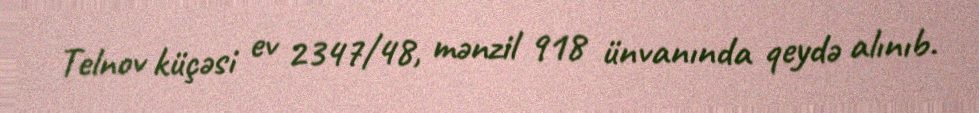
Telnov küçəsi ev 2347/48, mənzil 918 ünvanında qeydə alınıb.